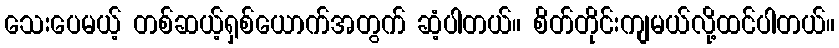
သေးပေမယ့် တစ်ဆယ့်ရှစ်ယောက်အတွက် ဆံ့ပါတယ်။ စိတ်တိုင်းကျမယ်လို့ထင်ပါတယ်။